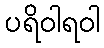
ပရိဝါရဝါ